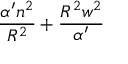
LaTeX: \frac { \alpha ^ { \prime } n ^ { 2 } } { R ^ { 2 } } + \frac { R ^ { 2 } w ^ { 2 } } { \alpha ^ { \prime } }